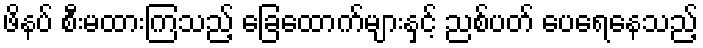
ဖိနပ် စီးမထားကြသည့် ခြေထောက်များနှင့် ညစ်ပတ် ပေရေနေသည့်